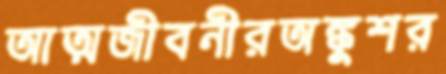
আত্মজীবনীরঅঙ্কুশর